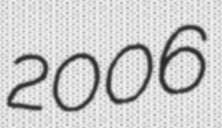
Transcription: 2006